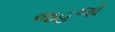
જહજો